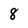
Character: 8